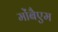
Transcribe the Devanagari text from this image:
मोंबैएम